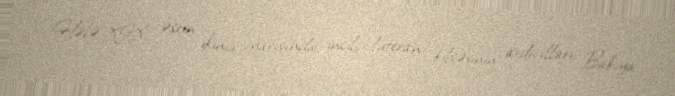
Hələ XIX əsrin ikinci yarısında incilçi-lüteran kilsəsinin ardıcılları Bakıya